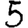
Digit: 5